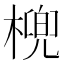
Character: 𣘛